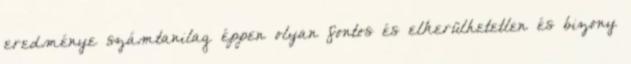
eredménye számtanilag éppen olyan fontos és elkerülhetetlen és bizony